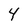
Character: 4